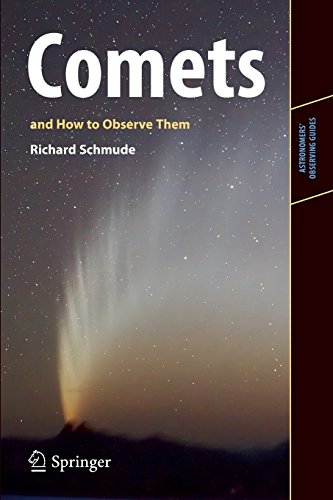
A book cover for Comets and How to Observe Them (Astronomers' Observing Guides); Richard Schmude  Jr.; Science & Math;